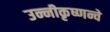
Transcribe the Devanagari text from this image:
उन्नीकृष्णन्चे